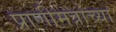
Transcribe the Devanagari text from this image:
प्राणीमत्रांच्या